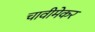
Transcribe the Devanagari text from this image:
चावीमेकर